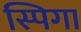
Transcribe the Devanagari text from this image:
स्पिगा